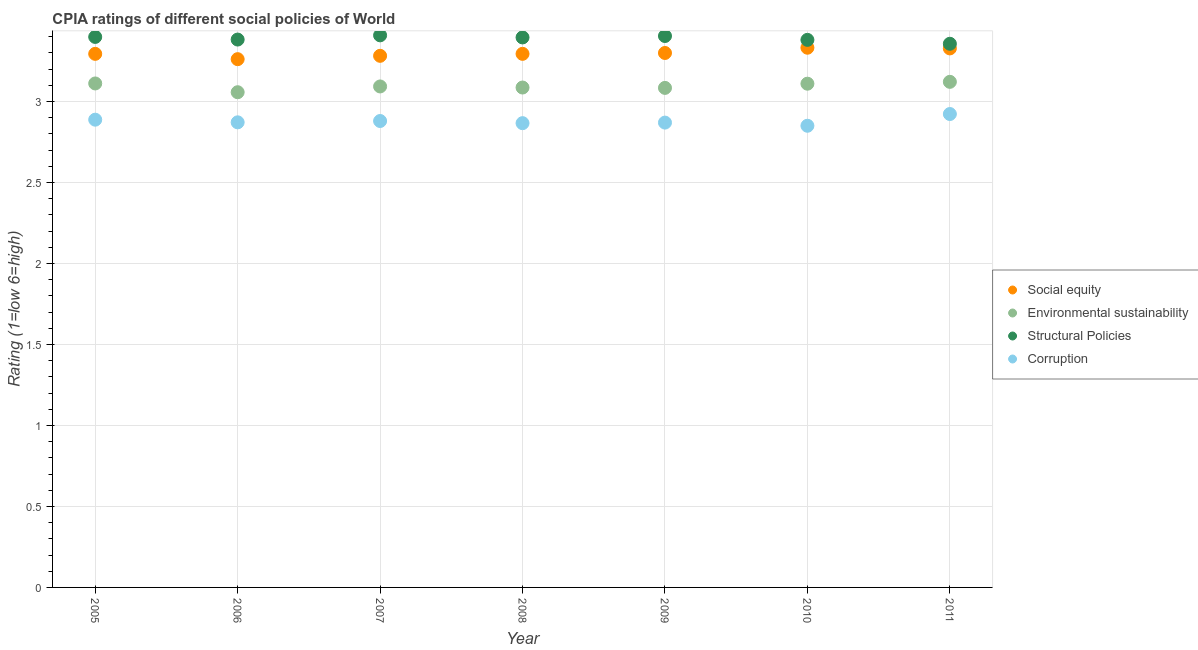
| Year | Social equity | Environmental sustainability | Structural Policies | Corruption |
 | --- | --- | --- | --- | --- |
 | 2005 | 3.29 | 3.11 | 3.4 | 2.89 |
 | 2006 | 3.26 | 3.06 | 3.38 | 2.87 |
 | 2007 | 3.28 | 3.09 | 3.41 | 2.88 |
 | 2008 | 3.29 | 3.09 | 3.4 | 2.87 |
 | 2009 | 3.3 | 3.08 | 3.4 | 2.87 |
 | 2010 | 3.33 | 3.11 | 3.38 | 2.85 |
 | 2011 | 3.33 | 3.12 | 3.36 | 2.92 |